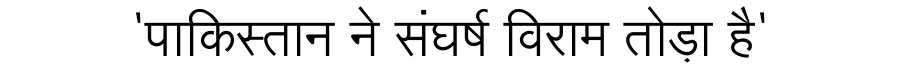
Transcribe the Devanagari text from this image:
'पाकिस्तान ने संघर्ष विराम तोड़ा है'